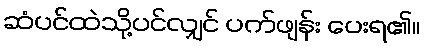
ဆံပင်ထဲသို့ပင်လျှင် ပက်ဖျန်း ပေးရ၏။